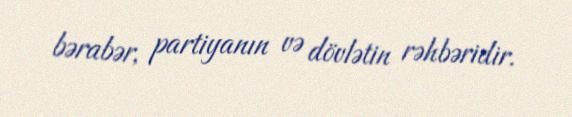
bərabər, partiyanın və dövlətin rəhbəridir.